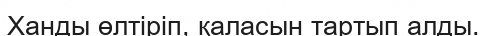
Ханды өлтіріп, қаласын тартып алды.